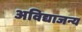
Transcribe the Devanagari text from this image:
अविद्याजन्य